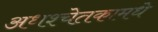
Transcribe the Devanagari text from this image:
अधश्चेतकामधे